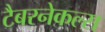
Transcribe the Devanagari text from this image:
टैबरनेकल्स